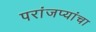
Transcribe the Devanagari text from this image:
परांजप्यांचा